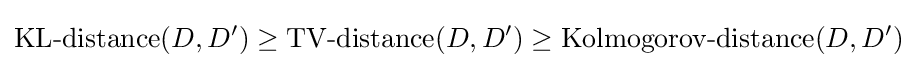
{\text{KL-distance}}(D,D')\geq {\text{TV-distance}}(D,D')\geq {\text{Kolmogorov-distance}}(D,D')